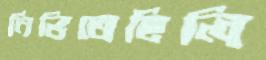
নিভিতেছিলি